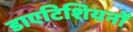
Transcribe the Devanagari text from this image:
डाएटिशियनों